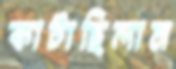
কাটাছিলাম